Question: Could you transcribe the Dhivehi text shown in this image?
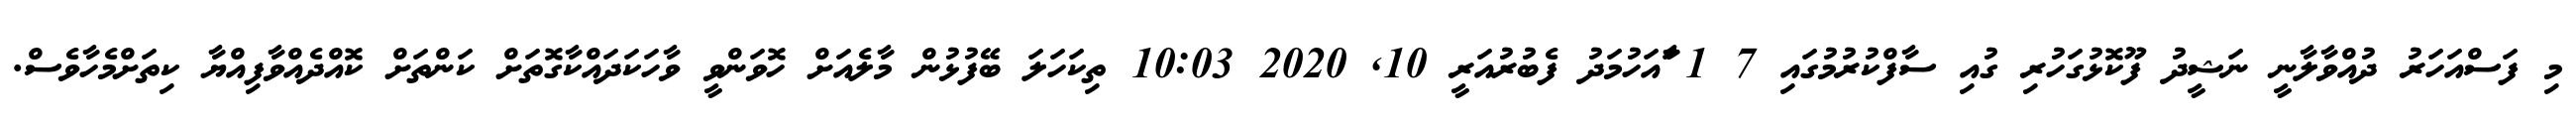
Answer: މި ފަސްއަހަރު ދުއްވާލާނީ ނަޝީދު ފޫކޮޅުގަހުރި ގުއި ސާފްކުރުމުގައި 7 1 ާައަހުމަދު ފެބުރުއަރީ 10, 2020 10:03 ތިކަހަލަ ބޭފުޅުން މާލެއަށް ހޮވަންވީ ވާހަކަދައްކާގޮތަށް ކަންތަށް ކޮއްދެއްވާފިއްޔާ ކިތަށްމެހާވެސް.